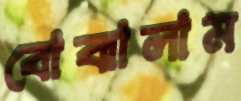
বোঝালাম